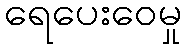
ရေပေးဝေမှု